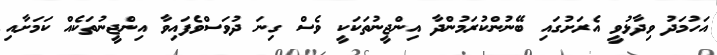
އަހުމަދު ވިދާޅުވީ އެރަށުގައި ބޭނުންކުރަމުންދާ އިންޖީނުތަކަކީ ވެސް ގިނަ ދުވަސްވެފައިވާ އިންޖީނުތަކެއް ކަމަށާއި